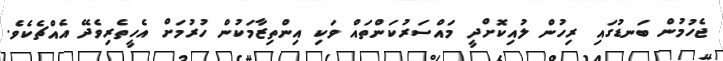
ޖެހުމުން ބަނޑުގައި ރިހުން ލުއިކޮށްދީ މައްސަރުކަންތައް ވަކި އިންތިޒާމަކުން ހުރުމަށް އެހީތެރިވެދޭ އެއްޗެކެވެ.